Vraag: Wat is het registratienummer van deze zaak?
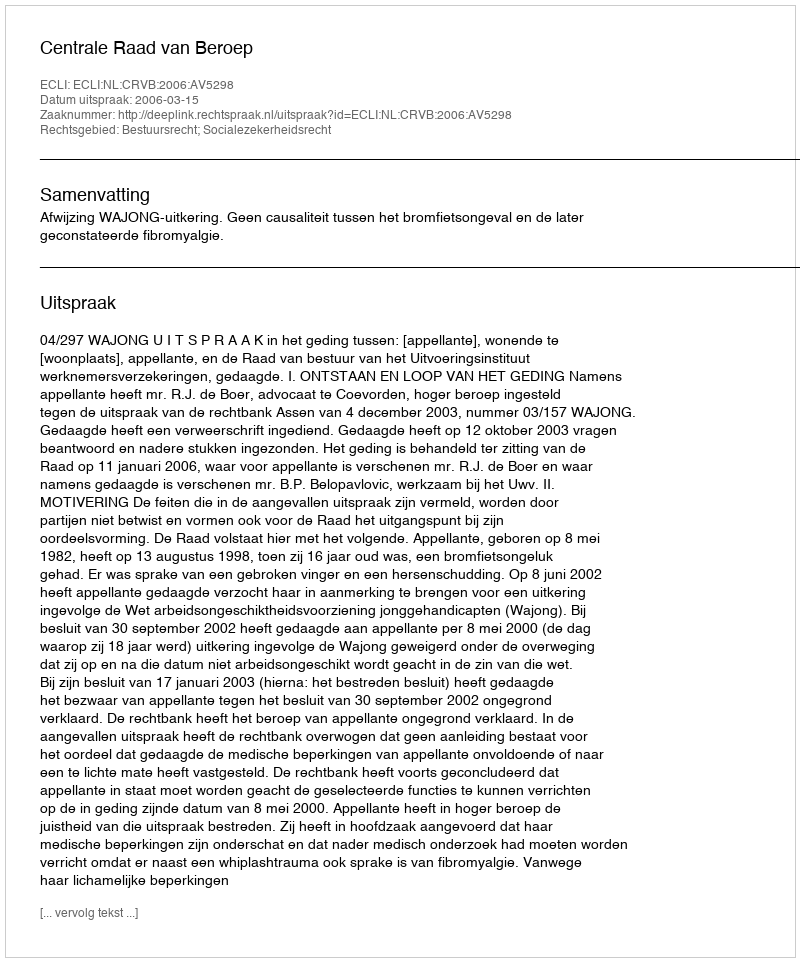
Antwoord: http://deeplink.rechtspraak.nl/uitspraak?id=ECLI:NL:CRVB:2006:AV5298